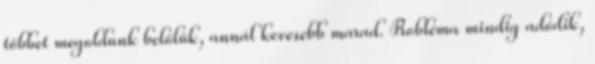
többet megoldunk belőlük, annál kevesebb marad. Probléma mindig adódik,